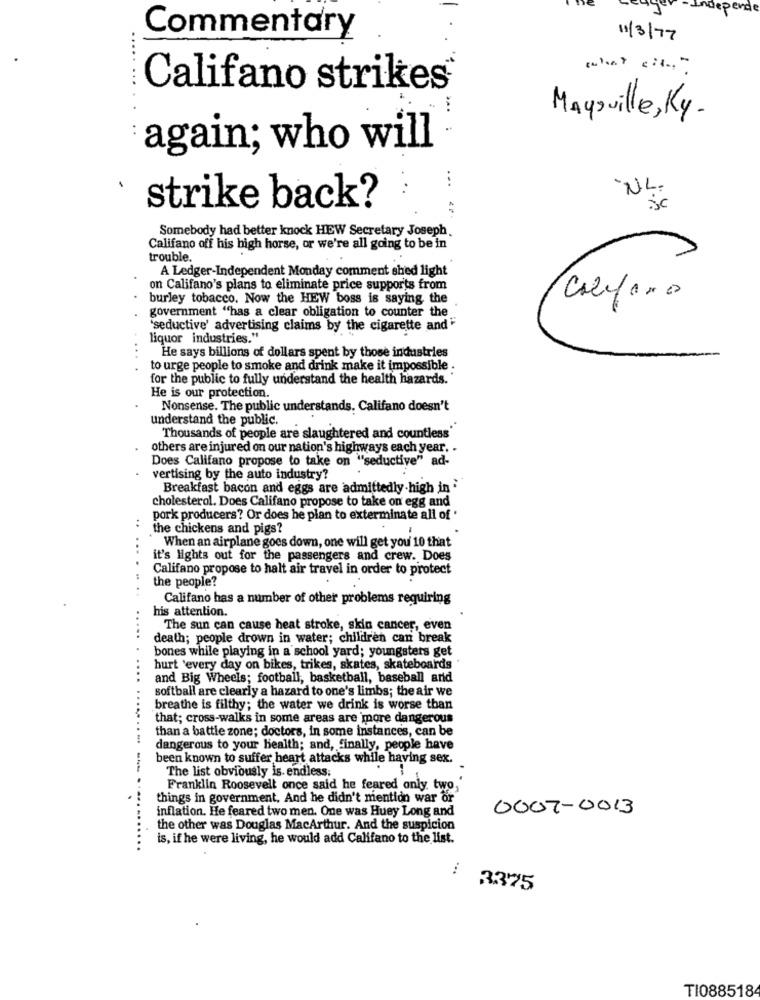
ende
Commentary
11/3/77
Califano strikes
Maysville, Ky.
again; who will
...
NL.
· strike back?
Sc
Somebody had better knock HEW Secretary Joseph.
Califano off his high horse, or we're all going to be in
trouble.
A Ledger-Independent Monday comment shed light
on Califano's plans to eliminate price supports from
burley tobacco. Now the HEW boss is saying the
government "has a clear obligation to counter the
"seductive' advertising claims by the cigarette and*
liquor industries."
He says billions of dollars spent by those industries
to urge people to smoke and drink make it impossible .
for the public to fully understand the health hazards."
He is our protection.
Nonsense. The public understands. Califano doesn't
understand the public.
Thousands of people are slaughtered and countless'
others are injured on our nation's highways each year. .
Does Califano propose to take on "seductive" ad-
vertising by the auto industry?
Breakfast bacon and eggs are admittedly high in
cholesterol. Does Califano propose to take on egg and
pork producers? Or does he plan to exterminate all of '
the chickens and pigs?
When an airplane goes down, one will get you' 10 that
it's lights out for the passengers and crew. Does
Califano propose to halt air travel in order to protect
the people?
Califano has a number of other problems requiring
his attention.
The sun can cause heat stroke, skin cancer, even
death; people drown in water; children can break
bones while playing in a school yard; youngsters get
hurt 'every day on bikes, trikes, skates, skateboards "
and Big Wheels; football, basketball, baseball and
softball are clearly a hazard to one's limbs; the air we
breathe is filthy; the water we drink is worse than
that; cross-walks in some areas are more dangerous
than a battle zone; doctors, in some instances, can be
dangerous to your health; and, finally, people have
been known to suffer heart attacks while having sex.
The list obviously is. endless.
Franklin Roosevelt once said he feared only. two,
things in government, And he didn't mention war or
inflation. He feared two men. One was Huey Long and
0007-0013
the other was Douglas MacArthur. And the suspicion
is, if he were living, he would add Califano to the list.
3375
TI088518